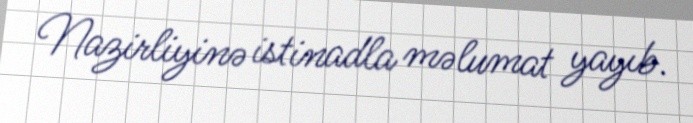
Nazirliyinə istinadla məlumat yayıb.